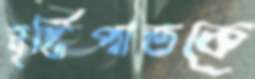
বৃষ্টিপাতকে